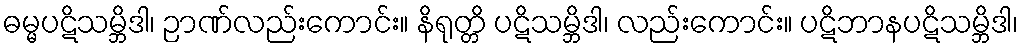
ဓမ္မပဋိသမ္ဘိဒါ၊ ဉာဏ်လည်းကောင်း။ နိရုတ္တိ ပဋိသမ္ဘိဒါ၊ လည်းကောင်း။ ပဋိဘာနပဋိသမ္ဘိဒါ၊